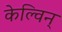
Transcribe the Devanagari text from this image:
केल्विन्